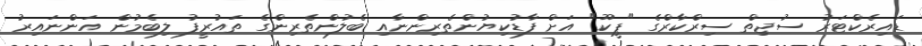
ޑައިރެކްޓަރު ސުޖިތް ސިރްކާރްގެ "ޕީކޫ" އަށް ފާޑުކިޔުންތެރިންނާއި ބެލުންތެރިންގެ ތައުރީފު ލިބެމުން އަންނައިރު